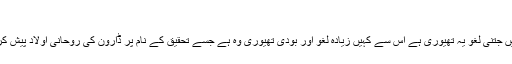
"
یقین کریں جتنی لغو یہ تھیوری ہے اس سے کہیں زیادہ لغو اور بودی تھیوری وہ ہے جسے تحقیق کے نام پر ڈارون کی روحانی اولاد پیش کرتی ہے۔